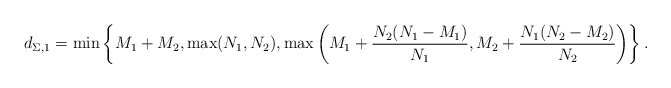
\begin{align*} d_{\Sigma,1}=\min\left\{M_1+M_2,\max(N_1,N_2),\max\left(M_1+\frac{N_2(N_1-M_1)}{N_1},M_2+\frac{N_1(N_2-M_2)}{N_2}\right)\right\}.\end{align*}